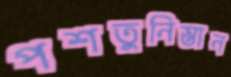
পশতুনিস্তান